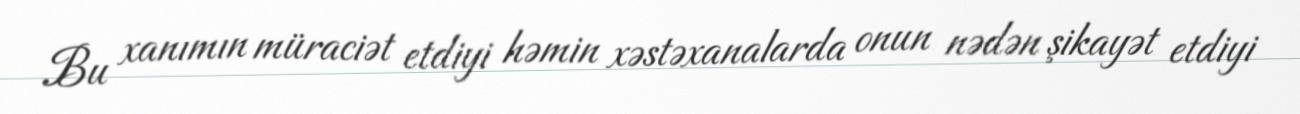
Bu xanımın müraciət etdiyi həmin xəstəxanalarda onun nədən şikayət etdiyi